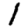
Digit: 1